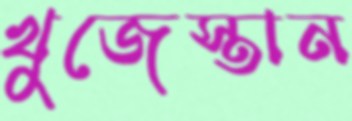
খুজেস্তান